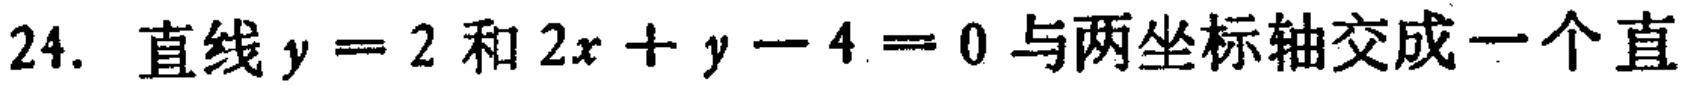
24. 直线\(y = 2\)和\(2x + y - 4 = 0\)与两坐标轴交成一个直